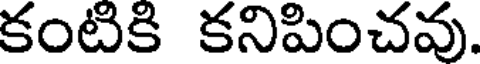
కంటికి కనిపించవు.